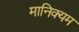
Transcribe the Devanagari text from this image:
मानिक्यम